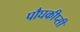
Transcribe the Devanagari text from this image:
पौघकीप्सी